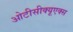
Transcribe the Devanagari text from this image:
ओटीसीक्यूएक्स